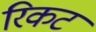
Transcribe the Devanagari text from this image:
रिकट